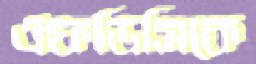
এফডিসিকে